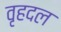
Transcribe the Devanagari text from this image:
वृहदल